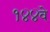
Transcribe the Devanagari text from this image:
१४४वे